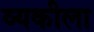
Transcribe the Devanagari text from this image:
व्यकीला